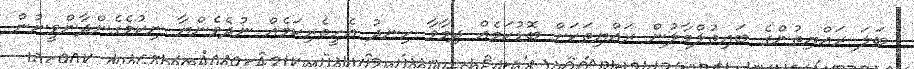
ބަލަ ރައްޔިތުންގެ ބައިތުލްމާލުން ރައްޔިތަކަށް ބޮޑުކަމެއް ދިމާވާ ހިނދު އެހީތެރިކަމެއް ނުދެވެންޔާ ނިކުމެގެންދާންވީނުން